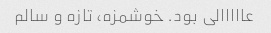
عااااالی بود. خوشمزه، تازه و سالم